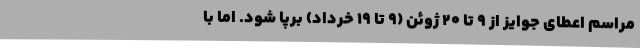
مراسم اعطای جوایز از ۹ تا ۲۰ ژوئن (۹ تا ۱۹ خرداد) برپا شود. اما با